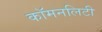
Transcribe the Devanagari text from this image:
कॉमनलिटी